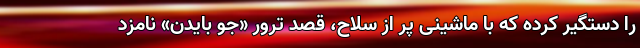
را دستگیر کرده که با ماشینی پر از سلاح، قصد ترور «جو بایدن» نامزد